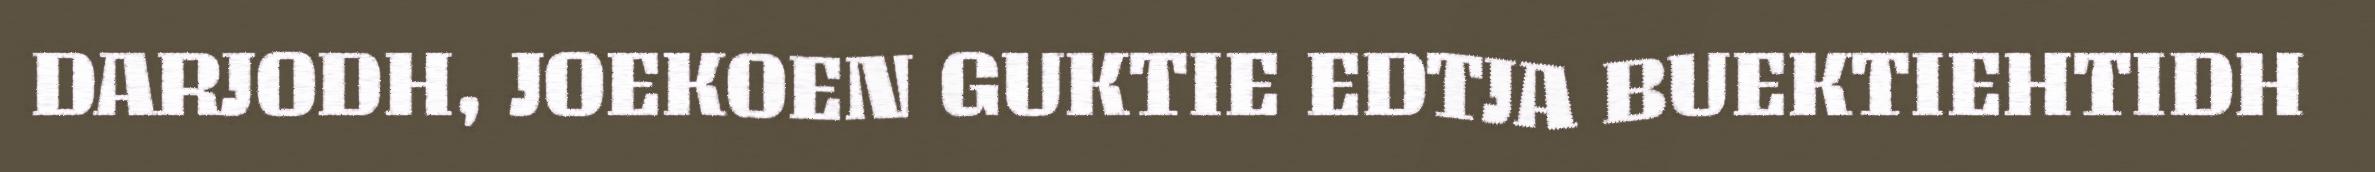
DARJODH, JOEKOEN GUKTIE EDTJA BUEKTIEHTIDH